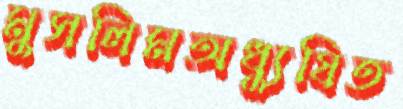
মুসলিমঅধ্যুষিত